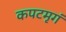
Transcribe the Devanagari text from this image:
कपटमृगं